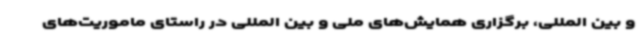
و بین المللی، برگزاری همایش‌های ملی و بین المللی در راستای ماموریت‌های